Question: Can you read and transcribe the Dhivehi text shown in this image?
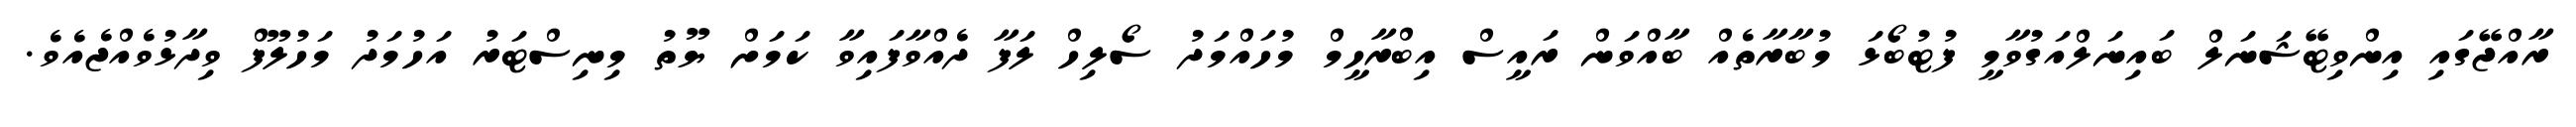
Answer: ރާއްޖޭގައި އިންވިޓޭޝަނަލް ބައިނަލްއަގުވާމީ ފުޓުބޯޅަ މުބާރާތެއް ބާއްވަން ރައީސް އިބްރާހީމް މުހައްމަދު ސޯލިހް ލަފާ ދެއްވާފައިވާ ކަމަށް ޔޫތު މިނިސްޓަރު އަހުމަދު މަހުލޫފް ވިދާޅުވެއްޖެއެވެ.